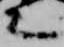
言